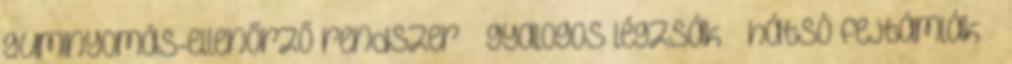
guminyomás-ellenőrző rendszer – gyalogos légzsák – hátsó fejtámlák –